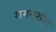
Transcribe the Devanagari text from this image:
रामसुशील